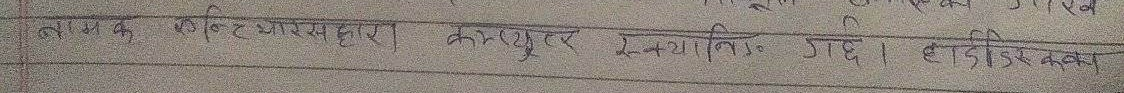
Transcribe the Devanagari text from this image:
नाम के विक्रेता द्वारा कम्प्यूटर स्थापित गया है। हार्ड डिस्क का